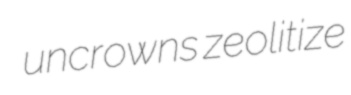
uncrowns zeolitize